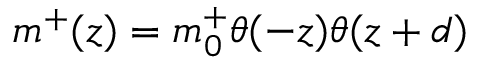
m ^ { + } ( z ) = m _ { 0 } ^ { + } \theta ( - z ) \theta ( z + d )